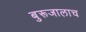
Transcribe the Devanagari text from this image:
बुरूजालाच